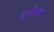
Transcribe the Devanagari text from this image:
हुमोरल